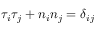
\tau _ { i } \tau _ { j } + n _ { i } n _ { j } = \delta _ { i j }